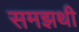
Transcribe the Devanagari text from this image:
समझथी